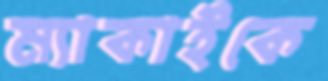
ম্যাকাইকে